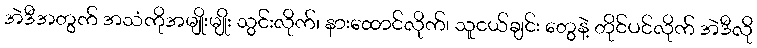
အဲဒီအတွက် အသံကိုအမျိုးမျိုး သွင်းလိုက်၊ နားထောင်လိုက်၊ သူငယ်ချင်း တွေနဲ့ တိုင်ပင်လိုက် အဲဒီလို